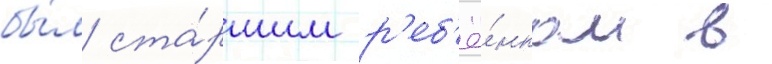
бы́л ста́ршим р'еб'ё́нком в